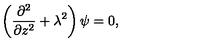
\left( { \frac { \partial ^ { 2 } } { \partial z ^ { 2 } } } + \lambda ^ { 2 } \right) \psi = 0 ,